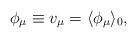
LaTeX: \begin{align*}\phi_\mu\equiv v_\mu=\langle\phi_\mu\rangle_0,\end{align*}